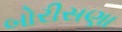
બોરીસણા